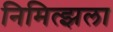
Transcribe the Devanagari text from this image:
निमित्झला